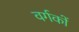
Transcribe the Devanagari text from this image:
वर्गकों